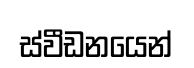
ස්වීඩනයෙන්